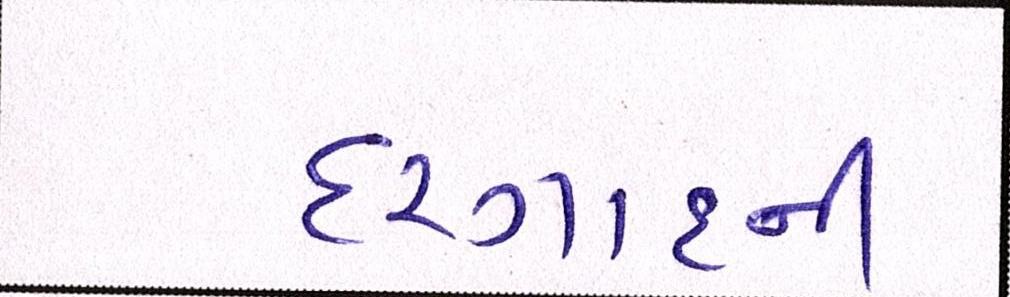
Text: દરગાહની